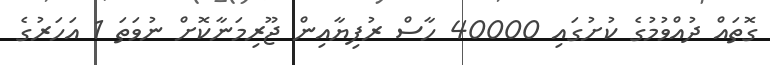
ގޮތައް ދުއްވުމުގެ ކުށުގައި 40000 ހާސް ރުފިޔާއިން ޖޫރިމަނާކޮށް ނުވަތަ 1 އަހަރުގެ